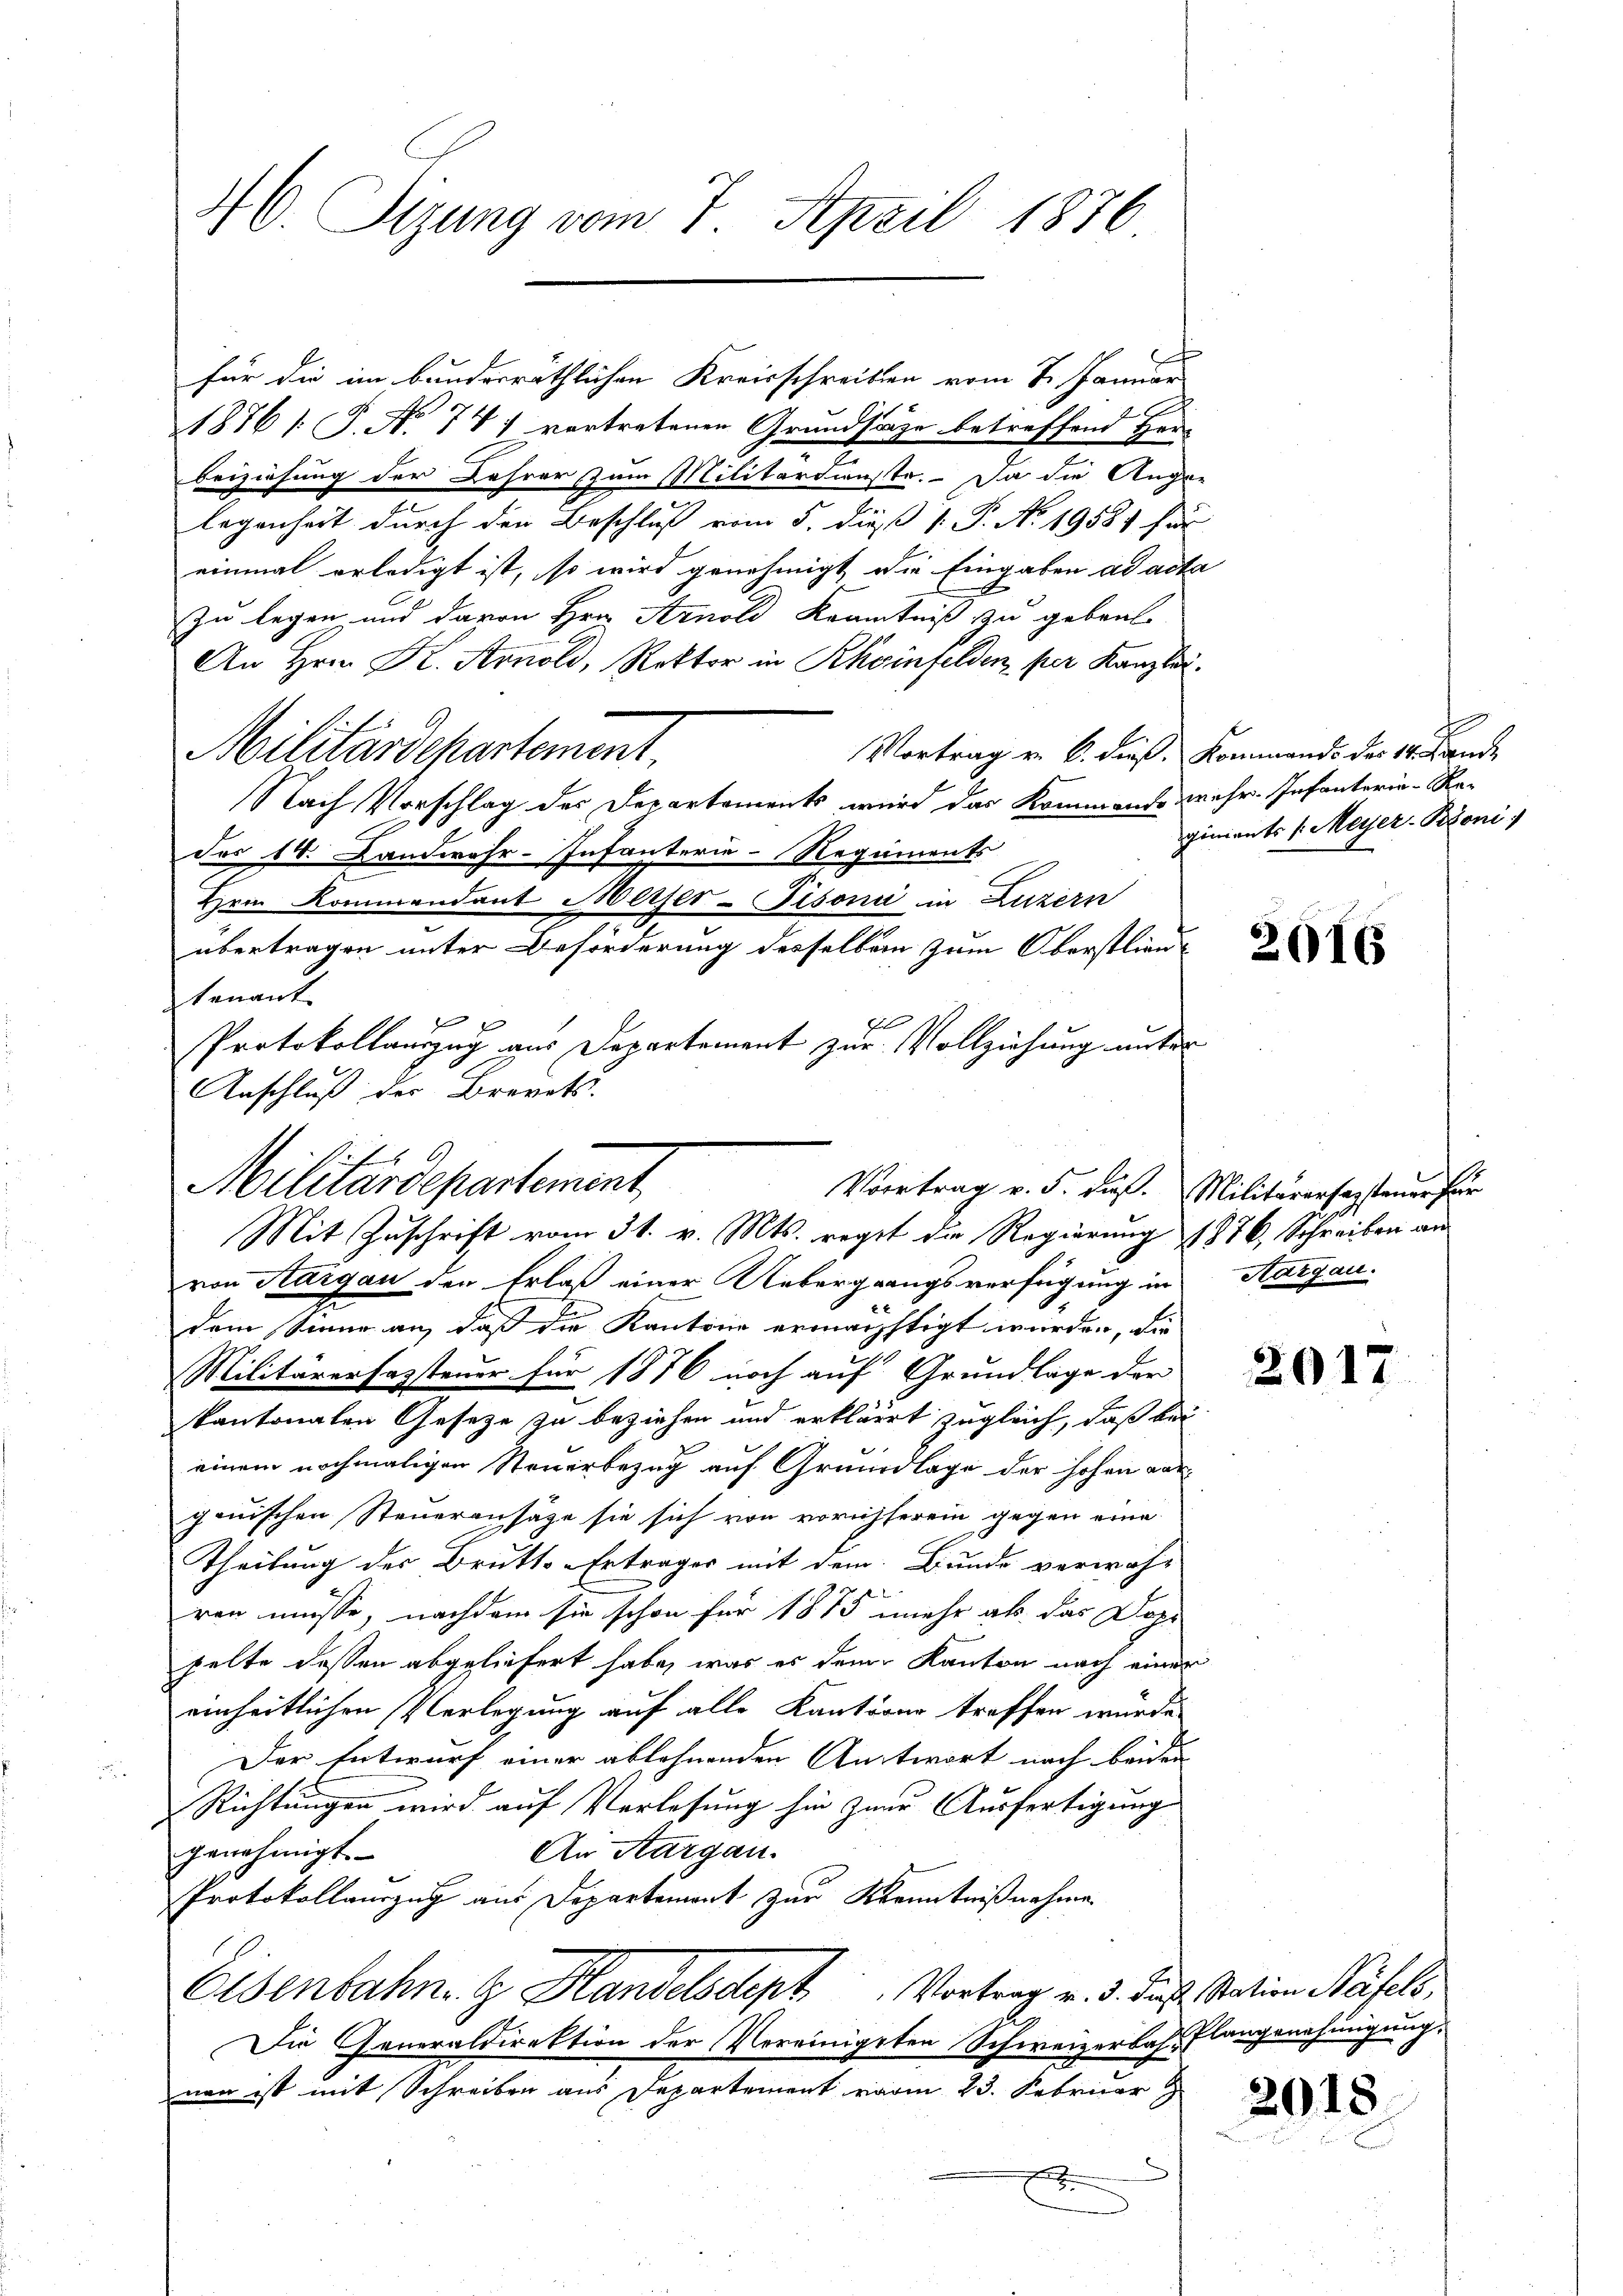
M. Sizung vom 7. April 1876

1876 /: P. No. 77) vertretenen Grundsätze betreffend Hein
beiziehung der Lehrer zum Militardienste. Da die Ange-
legenheit durch den Beschluß vom 5. dieß  P. N. 19584 für
einmal erledigt ist, so wird genehmigt, die Eingaben ad acte
Zu legen und davon Hrn. Arnold Kenntniß zu gebenl
An Hrn. Kr. Arnold, Rektor in Rheinfelden, per Kanzler.
Militärdepartement,
Nach Vorschlag des Departements wird das Kommente mehr. Infanterie-Re-
des 14. Landwehr-Infanterie-Regiments
Hrn Kommandant Meiser-Fisonić in Luzern
übertragen unter Beförderung desselben zum Oberstlieut
tenant

Protokollauszug aus Departement zur Vollziehung unter
von Aargau den Erlaß einer Uebergangsverfügung in Aargau.
dem Sinne an, daß die Kantone erwächstigt wurden, die
Militärerhassteuer für 1876 noch auf Grundlage der
kantonaten Gesetze zu beziehen und erkläret zugleich, daß bei
einem nochmaligen Steuerbezug auf Grundlage der hohen vor-
ganischen Steueransätze sie sich von vorichterein gegen eine
Theilung des Brutts-Ertrages mit dem Bunde verwahr
2
ren müsse, nachdem sie schon für 1873 mehr als das Doppelte dessen abgeliefert habe, was es dem Kanton nach einer
einheitlichen Verlegung auf alle Kantons treffen würde.
Der Entwurf einer ablehnenden Antwort nach beiden |
Richtungen wird auf Verlesung hin zum Ausfertigung
An Aargau.
genehmigt.
Protokollauszug aus Departement zur Kenntnißnahme.
Eisenbahn. G. Handelsdept Vortrag v. 3. Juch. Nation Näfels,
Die Generaldirektion der Vereinigsten Schweizerbahr Flangenehmigung.
nen ist mit Schreiben aus Departement vom 23. Februar
.

h

für die im bundesräthlichen Kreisschreiben vom 2. Januar

Anschluß der Brevets.
Militärdepartement
Vortrag v. 5. dieß. Militarersagsteuer für
Mit Zuschrift vom 31. v. Mts. regt die Regierung 1876, Schreiben an

t
Vortrag v. 6. dieß. Kommands des 14. Lande
ginients v. Meyer-Bioni

a

2016

2017

2018